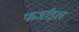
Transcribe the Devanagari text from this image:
फर्जाइल